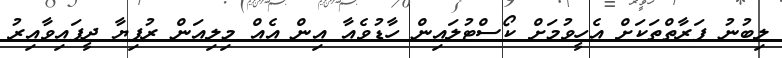
ލިބުނު ފަރާތްތަކަށް އެހީވުމަށް ކޯސްޓުލައިން ހާޑުވެއާ އިން އެއް މިލިއަން ރުފިޔާ ދީފައިވާއިރު